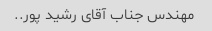
مهندس جناب آقای رشید پور..